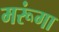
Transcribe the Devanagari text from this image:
मरूंगा